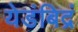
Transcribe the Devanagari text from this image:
येडंबिद्रं